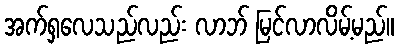
အက်ရှလေသည်လည်း လာဘ် မြင်လာလိမ့်မည်။